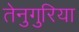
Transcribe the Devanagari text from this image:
तेनुगुरिया